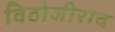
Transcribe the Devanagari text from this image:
विठोजीराव